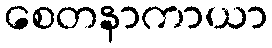
စေတနာကာယာ